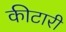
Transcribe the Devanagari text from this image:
कीटारी